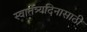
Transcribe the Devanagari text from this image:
स्वातंत्र्यदिनासाठी